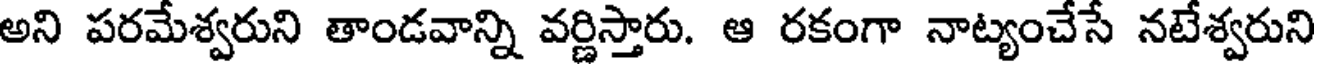
అని పరమేశ్వరుని తాండవాన్ని వర్ణిస్తారు. ఆ రకంగా నాట్యంచేసే నటేశ్వరుని